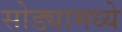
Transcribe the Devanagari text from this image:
सोड्यामध्ये